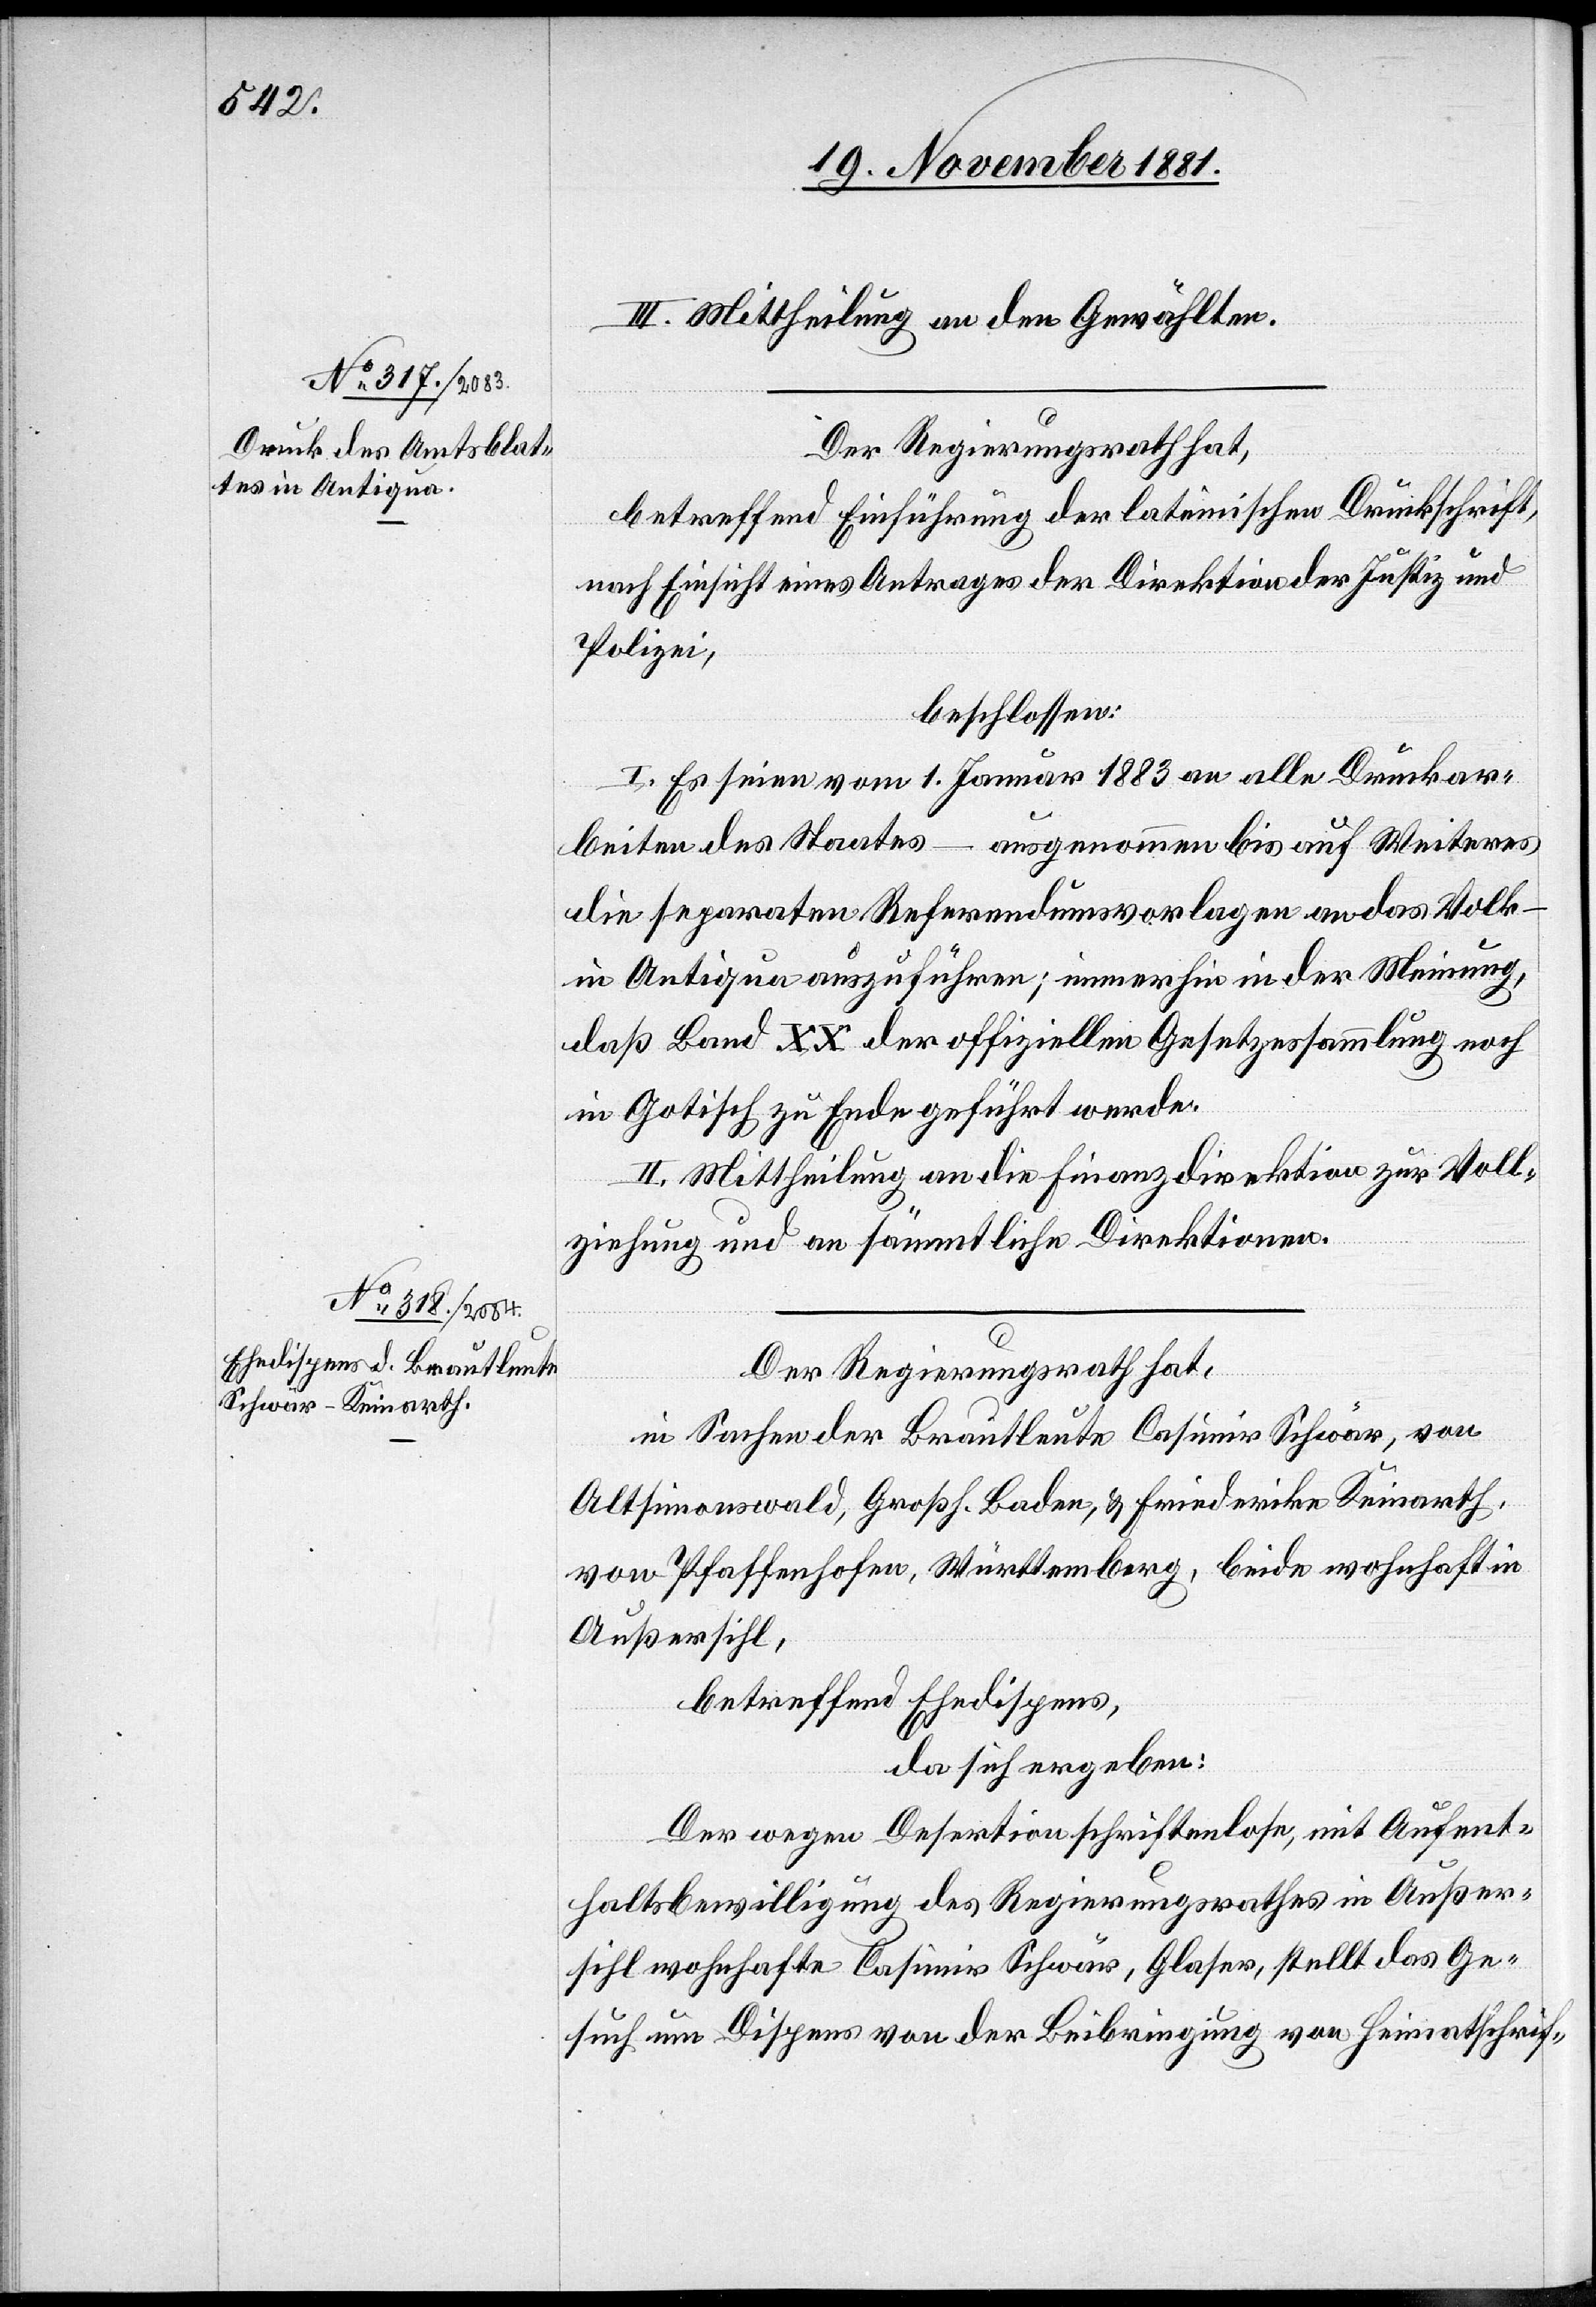
III. Mittheilung an den Gewählten.
Der Regierungsrath hat,
betreffend Einführung der lateinischen Druckschrift,
nach Einsicht eines Antrages der Direktion der Justiz und
Polizei,
beschlossen:
I. Es seien vom 1. Januar 1883 an alle Druckar¬
beiten des Staates – ausgenommen bis auf Weiteres
die separaten Referendumsvorlagen an das Volk
in Antiqua auszuführen; immerhin in der Meinung,
daß Band XX der offiziellen Gesetzessammlung noch
in Gotisch zu Ende geführt werde.
II. Mittheilung an die Finanzdirektion zur Voll¬
ziehung und an sämmtliche Direktionen.
Der Regierungsrath hat,
in Sachen der Brautleute Casimir Schwär, von
Altsimonswald, Großh. Baden, & Friederike Keinarth,
von Pfaffenhofen, Württemberg, beide wohnhaft in
Außersihl,
betreffend Ehedispens,
da sich ergeben:
Der wegen Desertion schriftenlose, mit Aufent¬
haltsbewilligung des Regierungsrathes in Außer¬
sihl wohnhafte Casimir Schwär, Glaser, stellt das Ge¬
such um Dispens von der Beibringung von Heimathschrif-